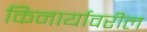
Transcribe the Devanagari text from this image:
किनार्यावरील